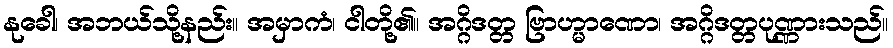
နုခေါ၊ အဘယ်သို့နည်း။ အမှာကံ၊ ငါတို့၏။ အဂ္ဂိဒတ္တ ဗြာဟ္မာဏော၊ အဂ္ဂိဒတ္တပုဏ္ဏားသည်။